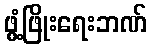
ဖွံ့ဖြိုးရေးဘဏ်